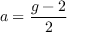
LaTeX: a = { \frac { g - 2 } { 2 } }